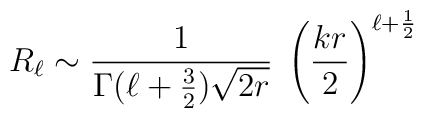
R_\ell \sim {1\over \Gamma (\ell +{3\over 2}) \sqrt{2r}} \;\left( {kr\over 2} \right)^{\ell + {1\over2}}